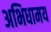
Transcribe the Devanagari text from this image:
अभिधामय